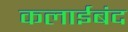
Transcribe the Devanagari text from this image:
कलाईबंद